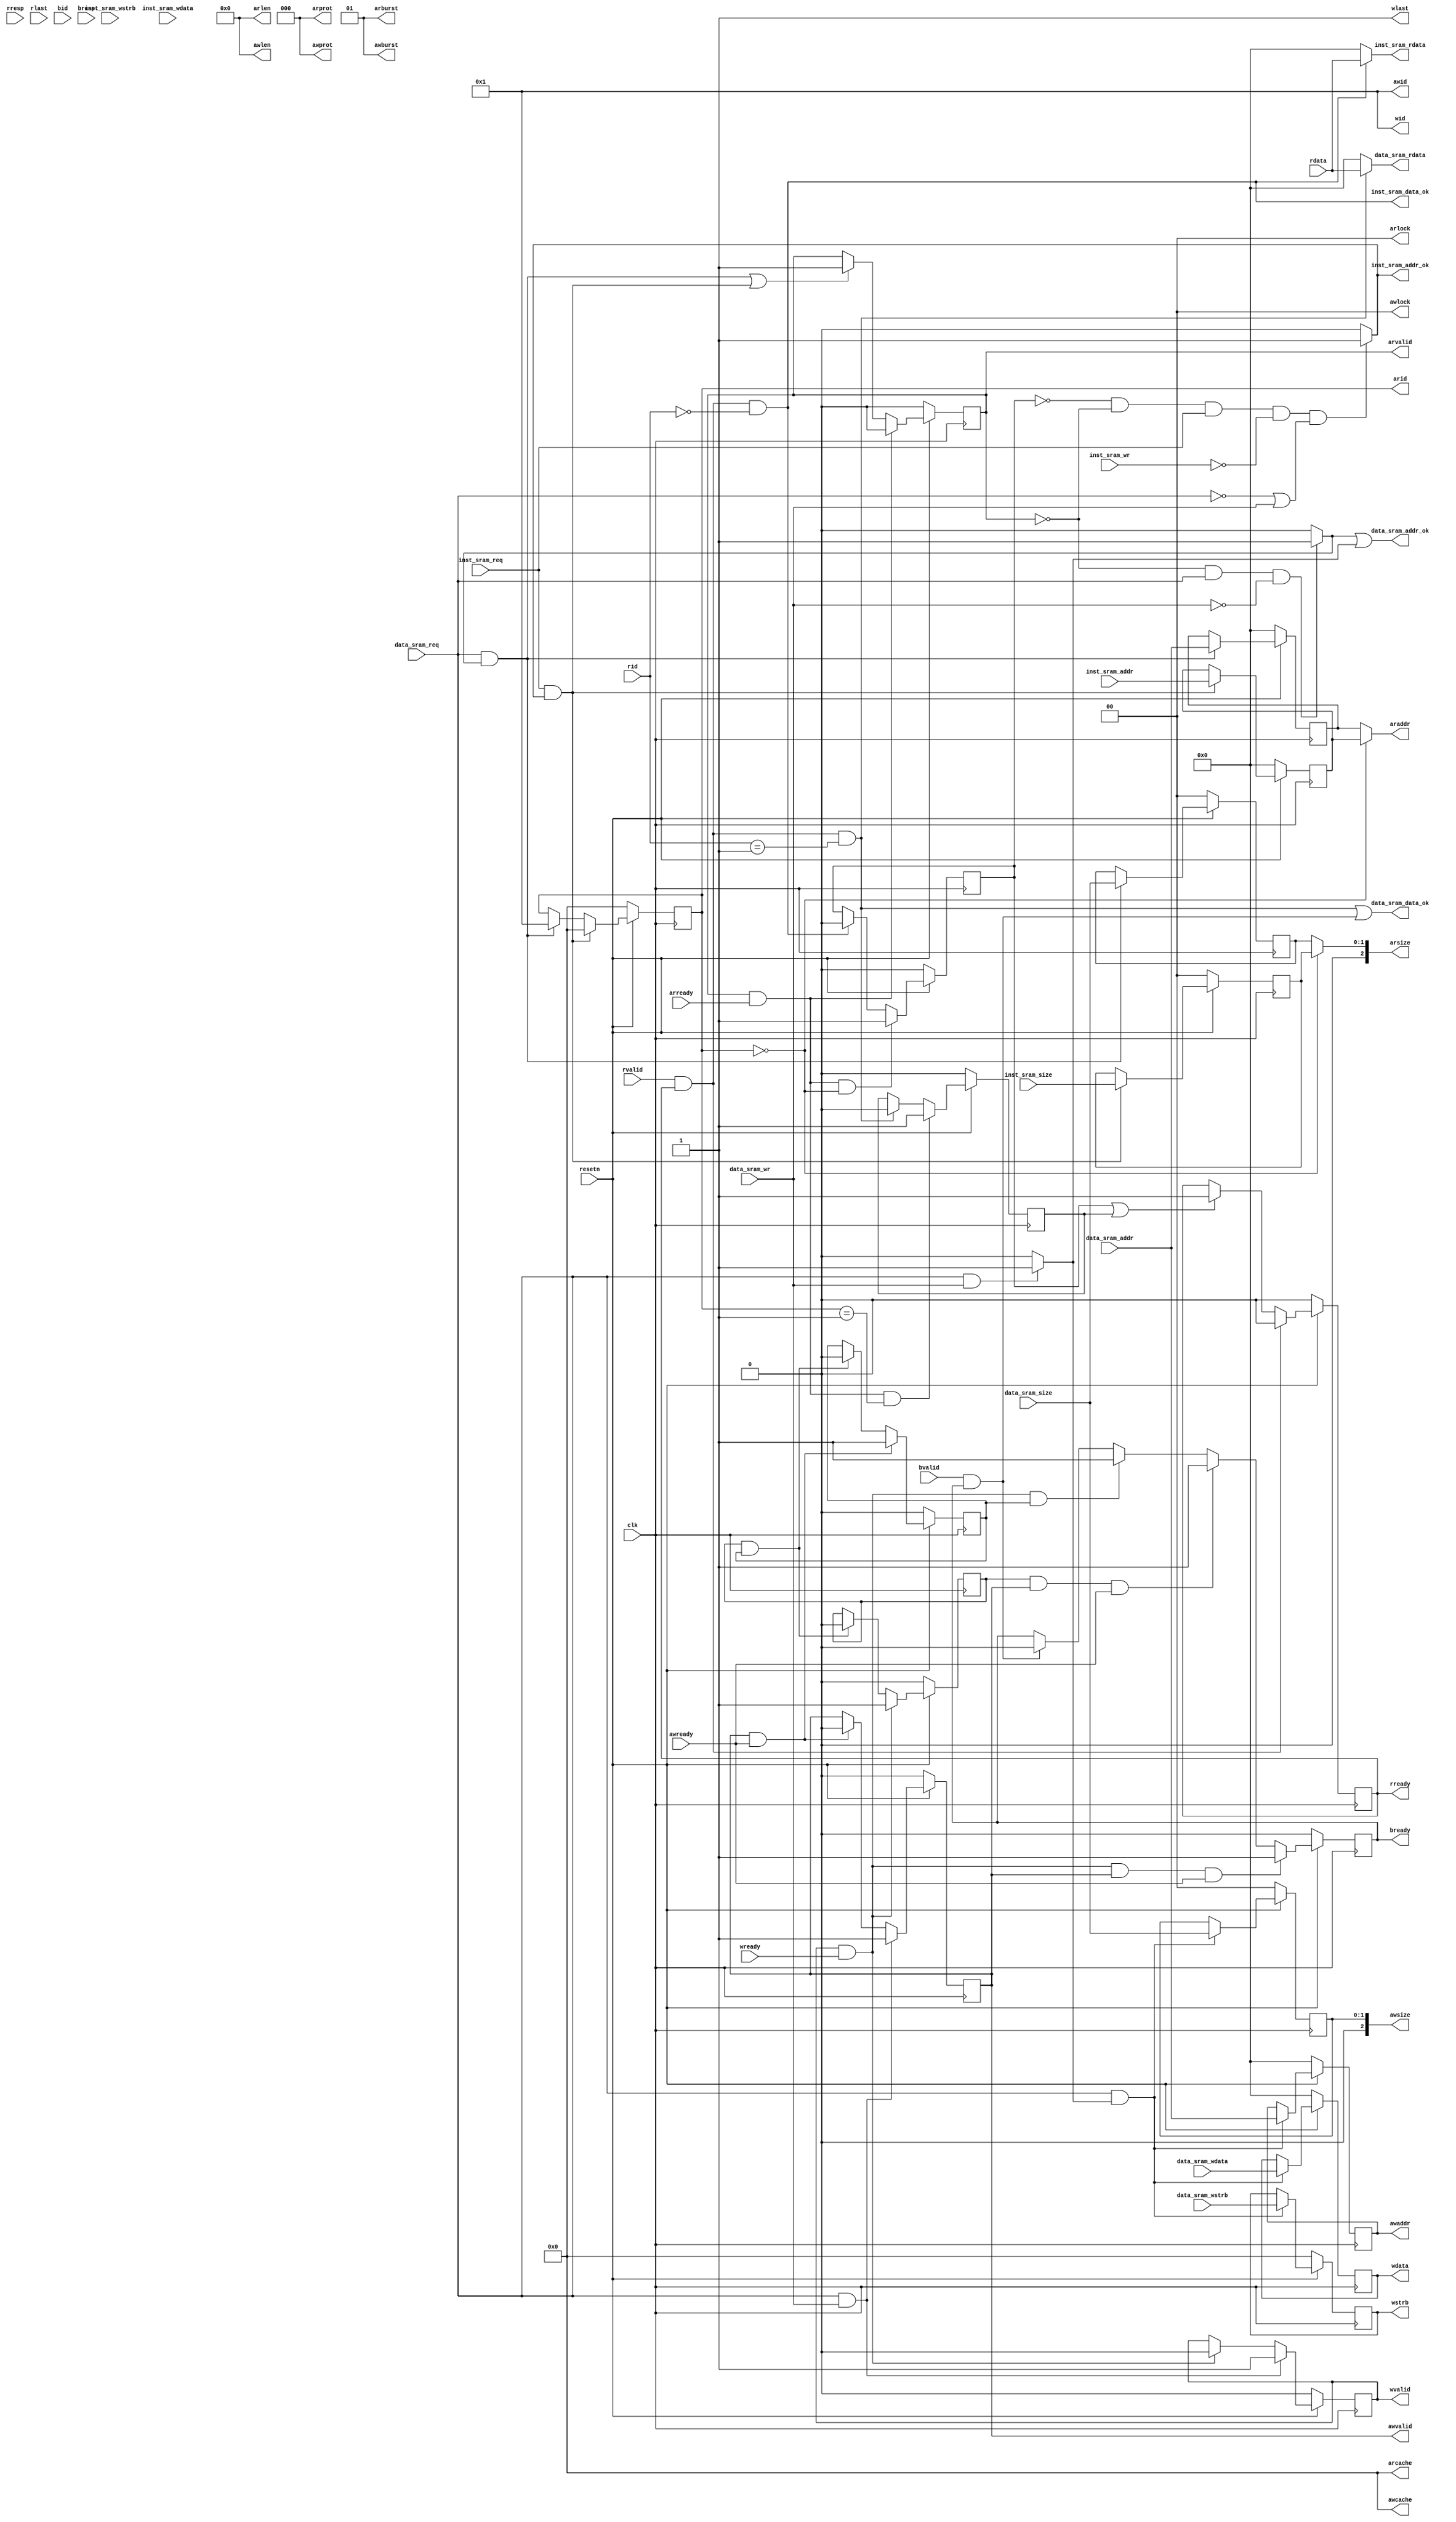
module axi_bridge(
    //AXI信号 主方
    input wire          clk,
    input wire          resetn,
    
    //读请求通道
    output wire  [3:0]   arid,
    output wire  [31:0]  araddr,
    output wire  [7:0]   arlen,  //0
    output wire  [2:0]   arsize,
    output wire  [1:0]   arburst,//2b'01
    output wire  [1:0]   arlock, //0
    output wire  [3:0]   arcache,//0
    output wire  [2:0]   arprot, //0
    output wire          arvalid,
    input wire            arready,
    
    //读响应通道
    input wire    [3:0]    rid,
    input wire    [31:0]   rdata,
    input wire    [1:0]    rresp,
    input wire             rlast,
    input wire             rvalid,
    output  reg      rready,
               
    //写请求通道              
    output wire  [3:0]   awid,
    output wire  [31:0]  awaddr,
    output wire  [7:0]   awlen,
    output wire  [2:0]   awsize,
    output wire  [1:0]   awburst,
    output wire  [1:0]   awlock,
    output wire  [3:0]   awcache,
    output wire  [2:0]   awprot,
    output  reg     awvalid,
    input wire            awready,
    
    //写数据通道
    output wire  [3:0]   wid,
    output wire  [31:0]  wdata,
    output wire  [3:0]   wstrb,
    output wire          wlast,
    output  reg     wvalid,
    input wire            wready,
    
    //写响应通道
    input wire    [3:0]   bid,
    input wire    [1:0]   bresp,
    input wire            bvalid,
    output  reg     bready,
  
    //类SRAM信号 从方
    //inst
    input wire  inst_sram_req,
    input wire  inst_sram_wr,
    input wire  [1:0] inst_sram_size,
    input wire  [3:0] inst_sram_wstrb,
    input wire  [31:0] inst_sram_addr,
    input wire  [31:0] inst_sram_wdata,
    output wire  inst_sram_addr_ok,
    output wire  inst_sram_data_ok,
    output wire [31:0] inst_sram_rdata,

    //data
    input wire  data_sram_req,
    input wire  data_sram_wr,
    input wire  [1:0] data_sram_size,
    input wire  [3:0] data_sram_wstrb,
    input wire  [31:0] data_sram_addr,
    input wire  [31:0] data_sram_wdata,
    output wire  data_sram_addr_ok,
    output wire  data_sram_data_ok,
    output wire  [31:0] data_sram_rdata
);

//读写通道分离 分离addr_ok信号
wire        rdata_sram_addr_ok;
wire        wdata_sram_addr_ok;

//读请求通道 触发器Q端信号
reg         arvalid_r; //输出arvalid
reg [ 3:0]  arid_r;    //输出arid 根据arid在指令addr、size和数据addr、size选择生成arsize、araddr
reg [ 1:0]  inst_sram_size_r; //输出访指令arsize
reg [31:0]  inst_sram_addr_r; //输出访指令存araddr
reg [ 1:0]  rdata_sram_size_r; //输出访数据arsize
reg [31:0]  rdata_sram_addr_r; //输出访指令存araddr 

//请求完毕，等待读响应
reg         data_read_wait; 
reg         inst_read_wait;

reg [ 1:0]  wdata_sram_size_r; //输出awsize
reg [ 3:0]  wdata_sram_wstrb_r;//输出wstrb
reg [31:0]  wdata_sram_addr_r;//输出awaddr

reg [31:0]  data_sram_wdata_r;//输出awaddr

reg         wdata_received;//表示从设备已收到写数据，wready可再有效
reg         waddr_received;//表示从设备已收到写地址，awready可再有效

//-----------------------------------读请求相关信号--------------------------------------//
//因为读请求时，需要传输地址等信息，所以需要在req和addr_ok确认对应请求并且类SRAM总线从方收到地址后再设置
//arid_r  不同事务都用同一个id，先请求的先响应
always @(posedge clk)begin
    if(~resetn)
        arid_r <= 4'b0000;
    else if(inst_sram_req & inst_sram_addr_ok)//读指令存储请求且读指令地址成功收到
        arid_r <= 4'b0000;
    else if(data_sram_req & rdata_sram_addr_ok)//读数据存储请求且读数据地址成功收到
        arid_r <= 4'b0001;
    else
        arid_r <= arid_r;//存在阻塞、等待时的处理 是不是实现的不改变值 ready还未为1时
end

//arsize_r选择之一 inst_sram_size_r
always @(posedge clk)begin
    if(~resetn)
        inst_sram_size_r <= 2'b00;
    else if(inst_sram_req & inst_sram_addr_ok)
        inst_sram_size_r <= inst_sram_size;
    else
        inst_sram_size_r <= inst_sram_size_r;
end

//araddr_r选择之一 inst_sram_addr_r
always @(posedge clk)begin
    if(~resetn)
        inst_sram_addr_r <= 32'b0;
    else if(inst_sram_req & inst_sram_addr_ok)
        inst_sram_addr_r <= inst_sram_addr;
    else
        inst_sram_addr_r <= inst_sram_addr_r;
end

//arsize_r选择之一 data_sram_size_r
always @(posedge clk)begin
    if(~resetn)
        rdata_sram_size_r <= 2'b00;
    else if(data_sram_req & rdata_sram_addr_ok)
        rdata_sram_size_r <= data_sram_size;
    else
        rdata_sram_size_r <= rdata_sram_size_r;
end

//araddr_r选择之一 data_sram_addr_r
always @(posedge clk)begin
    if(~resetn)
        rdata_sram_addr_r <= 32'b0;
    else if(data_sram_req & rdata_sram_addr_ok)
        rdata_sram_addr_r <= data_sram_addr;
    else
        rdata_sram_addr_r <= rdata_sram_addr_r;
end

//读通道正在进行读指令，等待读响应
always @(posedge clk)begin
    if(~resetn)
        inst_read_wait <= 1'b0;
    else if(arvalid & arready & arid_r == 4'b0000)
        inst_read_wait <= 1'b1;
    else if(rvalid & rready & rid == 4'b0000)//读响应已收到，且是读指令
        inst_read_wait <= 1'b0;
end

//读通道正在进行读数据，等待读响应
always @(posedge clk)begin
    if(~resetn)
        data_read_wait <= 1'b0;
    else if(arvalid & arready & arid_r == 4'b0001)
        data_read_wait <= 1'b1;
    else if(rvalid & rready & rid == 4'b0001)//读响应已收到，且是读数据
        data_read_wait <= 1'b0;
end

//arvalid
always @(posedge clk)begin
    if(~resetn) //
        arvalid_r <= 1'b0;
    else if(arvalid & arready) //读请求收到响应则复位
        arvalid_r <= 1'b0;
    else if(data_sram_req & rdata_sram_addr_ok | inst_sram_req & inst_sram_addr_ok) //这里可以加req吧？加req更好理解
        arvalid_r <= 1'b1;
end

//AXI主方，除了常量，其余输出信号的均来自触发器Q端 
//读请求通道输出信号
assign arvalid = arvalid_r;
assign arid    = arid_r;
assign araddr  = (arid == 4'b0000) ? inst_sram_addr_r : rdata_sram_addr_r; 
//size是3位，000->1B 001->2B 010->4B 011->8B 100->16B 101->32B 110->64B 111->128B
assign arsize  = (arid == 4'b0000) ? {1'b0, inst_sram_size_r} : {1'b0, rdata_sram_size_r};

assign arlen   = 8'b0;
assign arburst = 2'b01;
assign arlock  = 2'b0;
assign arcache = 4'b0;
assign arprot  = 3'b0;

assign rdata_sram_addr_ok = //这为什么不用data_read_wait load优先级大于取指 设置了有写请求就暂停读 addr_ok无效
        (~arvalid & data_sram_req == 1'b1 & data_sram_wr == 1'b0) ? 1'b1 : 1'b0; //读通道没有被占用且进行读数据RAM请求
assign inst_sram_addr_ok = 
        (~inst_read_wait & ~arvalid & inst_sram_req == 1'b1 & inst_sram_wr == 1'b0 & 
            (data_sram_req == 1'b0 | data_sram_wr == 1'b1)) ? 1'b1 : 1'b0;//load优先级大于取指，需要判断没有读数据请求或者有但是是写数据

//-----------------------------------读响应相关信号-------------------------------------//
always @(posedge clk)begin
    if(~resetn)
        rready <= 1'b0;
    else if(rready & rvalid)
        rready <= 1'b0;
    else if(inst_read_wait | data_read_wait) //等待准备接收数据
        rready <= 1'b1;
end

assign inst_sram_data_ok = (rvalid & rready & rid == 4'b0000);
assign data_sram_data_ok = (rvalid & rready & rid == 4'b0001) | bvalid & bready;//数据存储的data_ok包括读数据存储和写响应

assign inst_sram_rdata   = (rvalid & rready & rid == 4'b0000) ? rdata : 32'b0;
assign data_sram_rdata   = (rvalid & rready & rid == 4'b0001) ? rdata : 32'b0;

assign data_sram_addr_ok = rdata_sram_addr_ok | wdata_sram_addr_ok;//读写通道分离

//-----------------------------------写请求相关信号-------------------------------------//
//处理写地址
always @(posedge clk)begin 
    if(~resetn)
        wdata_sram_addr_r <= 32'b0;
    else if(data_sram_req & wdata_sram_addr_ok)
        wdata_sram_addr_r <= data_sram_addr;
    else
        wdata_sram_addr_r <= wdata_sram_addr_r;
end

//处理写长度
always @(posedge clk)begin
    if(~resetn)
        wdata_sram_size_r <= 2'b00;
    else if(data_sram_req & wdata_sram_addr_ok)
        wdata_sram_size_r <= data_sram_size;
    else
        wdata_sram_size_r <= wdata_sram_size_r;
end

//处理写数据 写请求和写数据同时设置
always @(posedge clk)begin
    if(~resetn)
        data_sram_wdata_r <= 32'b0;
    else if(data_sram_req & wdata_sram_addr_ok)
        data_sram_wdata_r <= data_sram_wdata;
    else
        data_sram_wdata_r <= data_sram_wdata_r;
end

//处理写选通
always @(posedge clk)begin
    if(~resetn)
        wdata_sram_wstrb_r <= 4'b0000;
    else if(data_sram_req & wdata_sram_addr_ok)
        wdata_sram_wstrb_r <= data_sram_wstrb;
    else
        wdata_sram_wstrb_r <= wdata_sram_wstrb_r;
end

//从设备已收到写数据
always @(posedge clk)begin
    if(!resetn)
        wdata_received <= 1'b0;
    else if(wvalid & wready)
        wdata_received <= 1'b1;
    else if(wdata_received & waddr_received)
        wdata_received <= 1'b0;
end

//从设备已收到写地址
always @(posedge clk)begin
    if(~resetn)
        waddr_received <= 1'b0;
    else if(awvalid & awready)
        waddr_received <= 1'b1;
    else if(wdata_received & waddr_received) //写地址和写数据都被从设备收到后再开始新的写请求
        waddr_received <= 1'b0;
end

//写请求 valid信号的发送
always @(posedge clk)begin
    if(!resetn)
        awvalid <= 1'b0;
    else if(data_sram_req & data_sram_wr)//这里是不是可以替换成req&addr 可以 组合逻辑
        awvalid <= 1'b1;
    else if(awvalid & awready)
        awvalid <= 1'b0;
end

always @(posedge clk)begin
    if(~resetn)
        wvalid <= 1'b0;
    else if(data_sram_req & data_sram_wr)//写请求和写数据同时置有效
        wvalid <= 1'b1;
    else if(wvalid & wready)
        wvalid <= 1'b0;
end

assign awaddr   = wdata_sram_addr_r;
assign awsize   = wdata_sram_size_r;
assign awid     = 4'b0001;
assign awlen    = 8'b0;
assign awburst  = 2'b01;
assign awlock   = 2'b0;
assign awcache  = 4'b0;
assign awprot   = 3'b0;

assign wdata    = data_sram_wdata_r;
assign wstrb    = wdata_sram_wstrb_r;
assign wid      = 4'b0001;
assign wlast    = 1'b1;  

assign wdata_sram_addr_ok = (data_sram_req == 1'b1 && data_sram_wr == 1'b1) ? 1'b1 : 1'b0;

//-------------------------------------写响应相关信号-----------------------------------//
always @(posedge clk)begin
    if (!resetn) begin
        bready <= 1'b0;
    end
    else if (wvalid & wready & awvalid & awready) begin
        bready <= 1'b1;
    end
    else if (wdata_received & awvalid & awready) begin
        bready <= 1'b1;
    end
    else if (wvalid & wready & waddr_received) begin
        bready <= 1'b1;
    end
    else if (bvalid & bready) begin
        bready <= 1'b0;
    end
end

endmodule